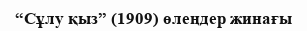
“Сұлу қыз” (1909) өлеңдер жинағы